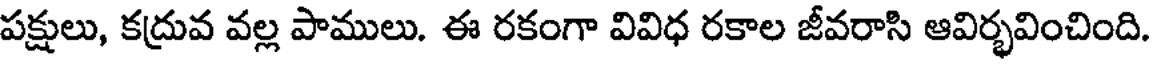
పక్షులు, కద్రువ వల్ల పాములు. ఈ రకంగా వివిధ రకాల జీవరాసి ఆవిర్భవించింది.